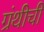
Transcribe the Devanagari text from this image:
ग्रंथीची